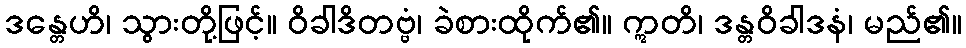
ဒန္တေဟိ၊ သွားတို့ဖြင့်။ ဝိခါဒိတဗ္ဗံ၊ ခဲစားထိုက်၏။ ဣတိ၊ ဒန္တဝိခါဒနံ၊ မည်၏။